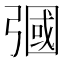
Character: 𢐚